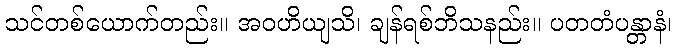
သင်တစ်ယောက်တည်း။ အဝဟိယျသိ၊ ချန်ရစ်ဘိသနည်း။ ပတတံပန္တာနံ၊